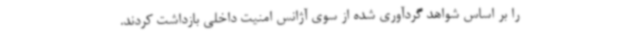
را بر اساس شواهد گردآوری شده از سوی آژانس امنیت داخلی بازداشت کردند.